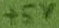
Text: +5V